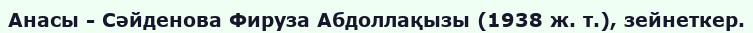
Анасы - Сәйденова Фируза Абдоллақызы (1938 ж. т.), зейнеткер.